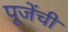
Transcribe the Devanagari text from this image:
पूजेंची